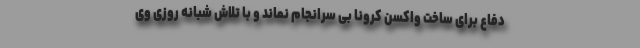
دفاع برای ساخت واکسن کرونا بی سرانجام نماند و با تلاش شبانه روزی وی